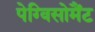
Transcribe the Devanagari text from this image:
पेग्विसोमैंट